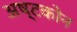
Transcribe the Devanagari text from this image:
अष्टकोन